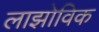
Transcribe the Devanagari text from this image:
लाझोविक